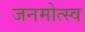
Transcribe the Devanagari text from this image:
जनमोत्स्व